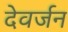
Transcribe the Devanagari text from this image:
देवर्जन